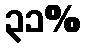
၃၁%